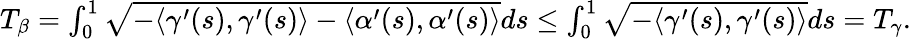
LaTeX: \begin{array}{r}{T_{\beta}=\int_{0}^{1}\sqrt{-\langle\gamma^{\prime}(s),\gamma^{\prime}(s)\rangle-\langle\alpha^{\prime}(s),\alpha^{\prime}(s)\rangle}ds\leq\int_{0}^{1}\sqrt{-\langle\gamma^{\prime}(s),\gamma^{\prime}(s)\rangle}ds=T_{\gamma}.}\end{array}